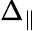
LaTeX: \Delta_{\parallel}